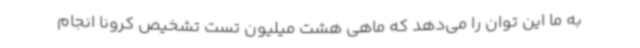
به ما این توان را می‌دهد که ماهی هشت میلیون تست تشخیص کرونا انجام